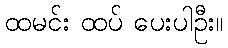
ထမင်း ထပ် ပေးပါဦး။